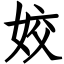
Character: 姣